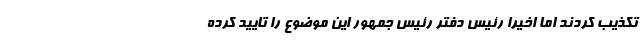
تکذیب کردند اما اخیرا رئیس دفتر رئیس جمهور این موضوع را تایید کرده